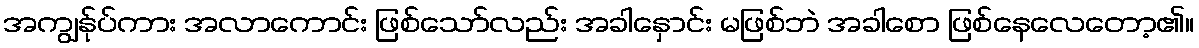
အကျွန်ုပ်ကား အလာကောင်း ဖြစ်သော်လည်း အခါနှောင်း မဖြစ်ဘဲ အခါစော ဖြစ်နေလေတော့၏။